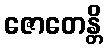
ဇောတေန္တိ